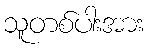
သူတစ်ပါးအား